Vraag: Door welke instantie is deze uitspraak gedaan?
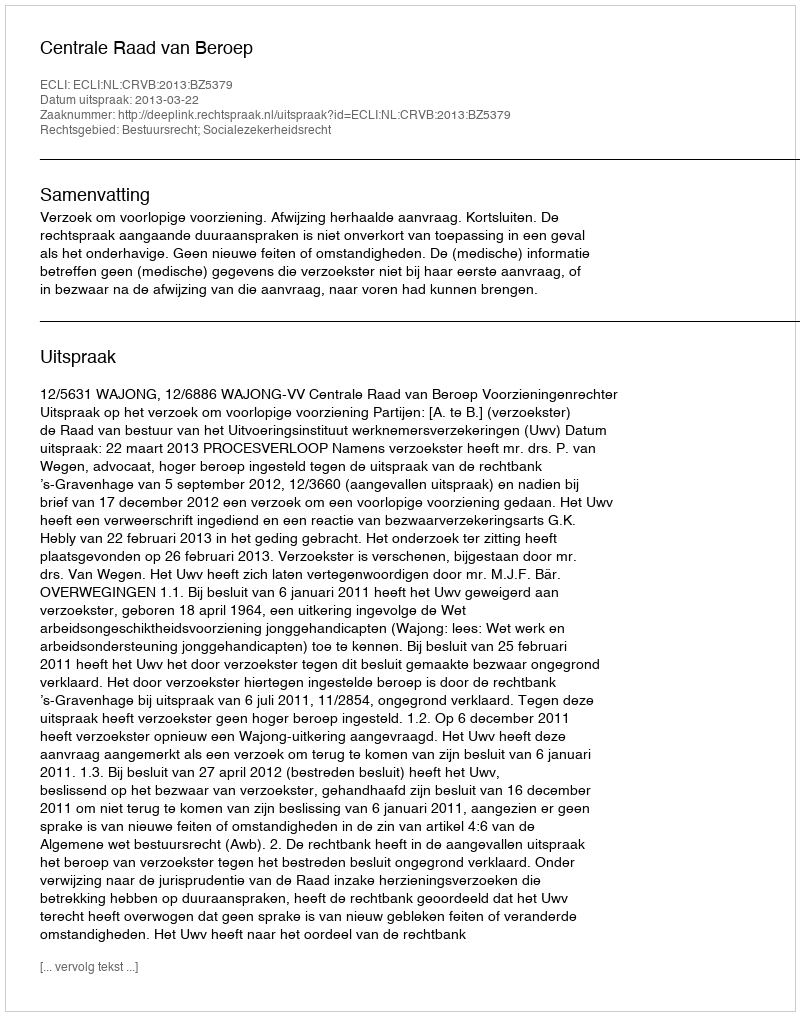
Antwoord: Centrale Raad van Beroep